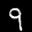
Label: 9